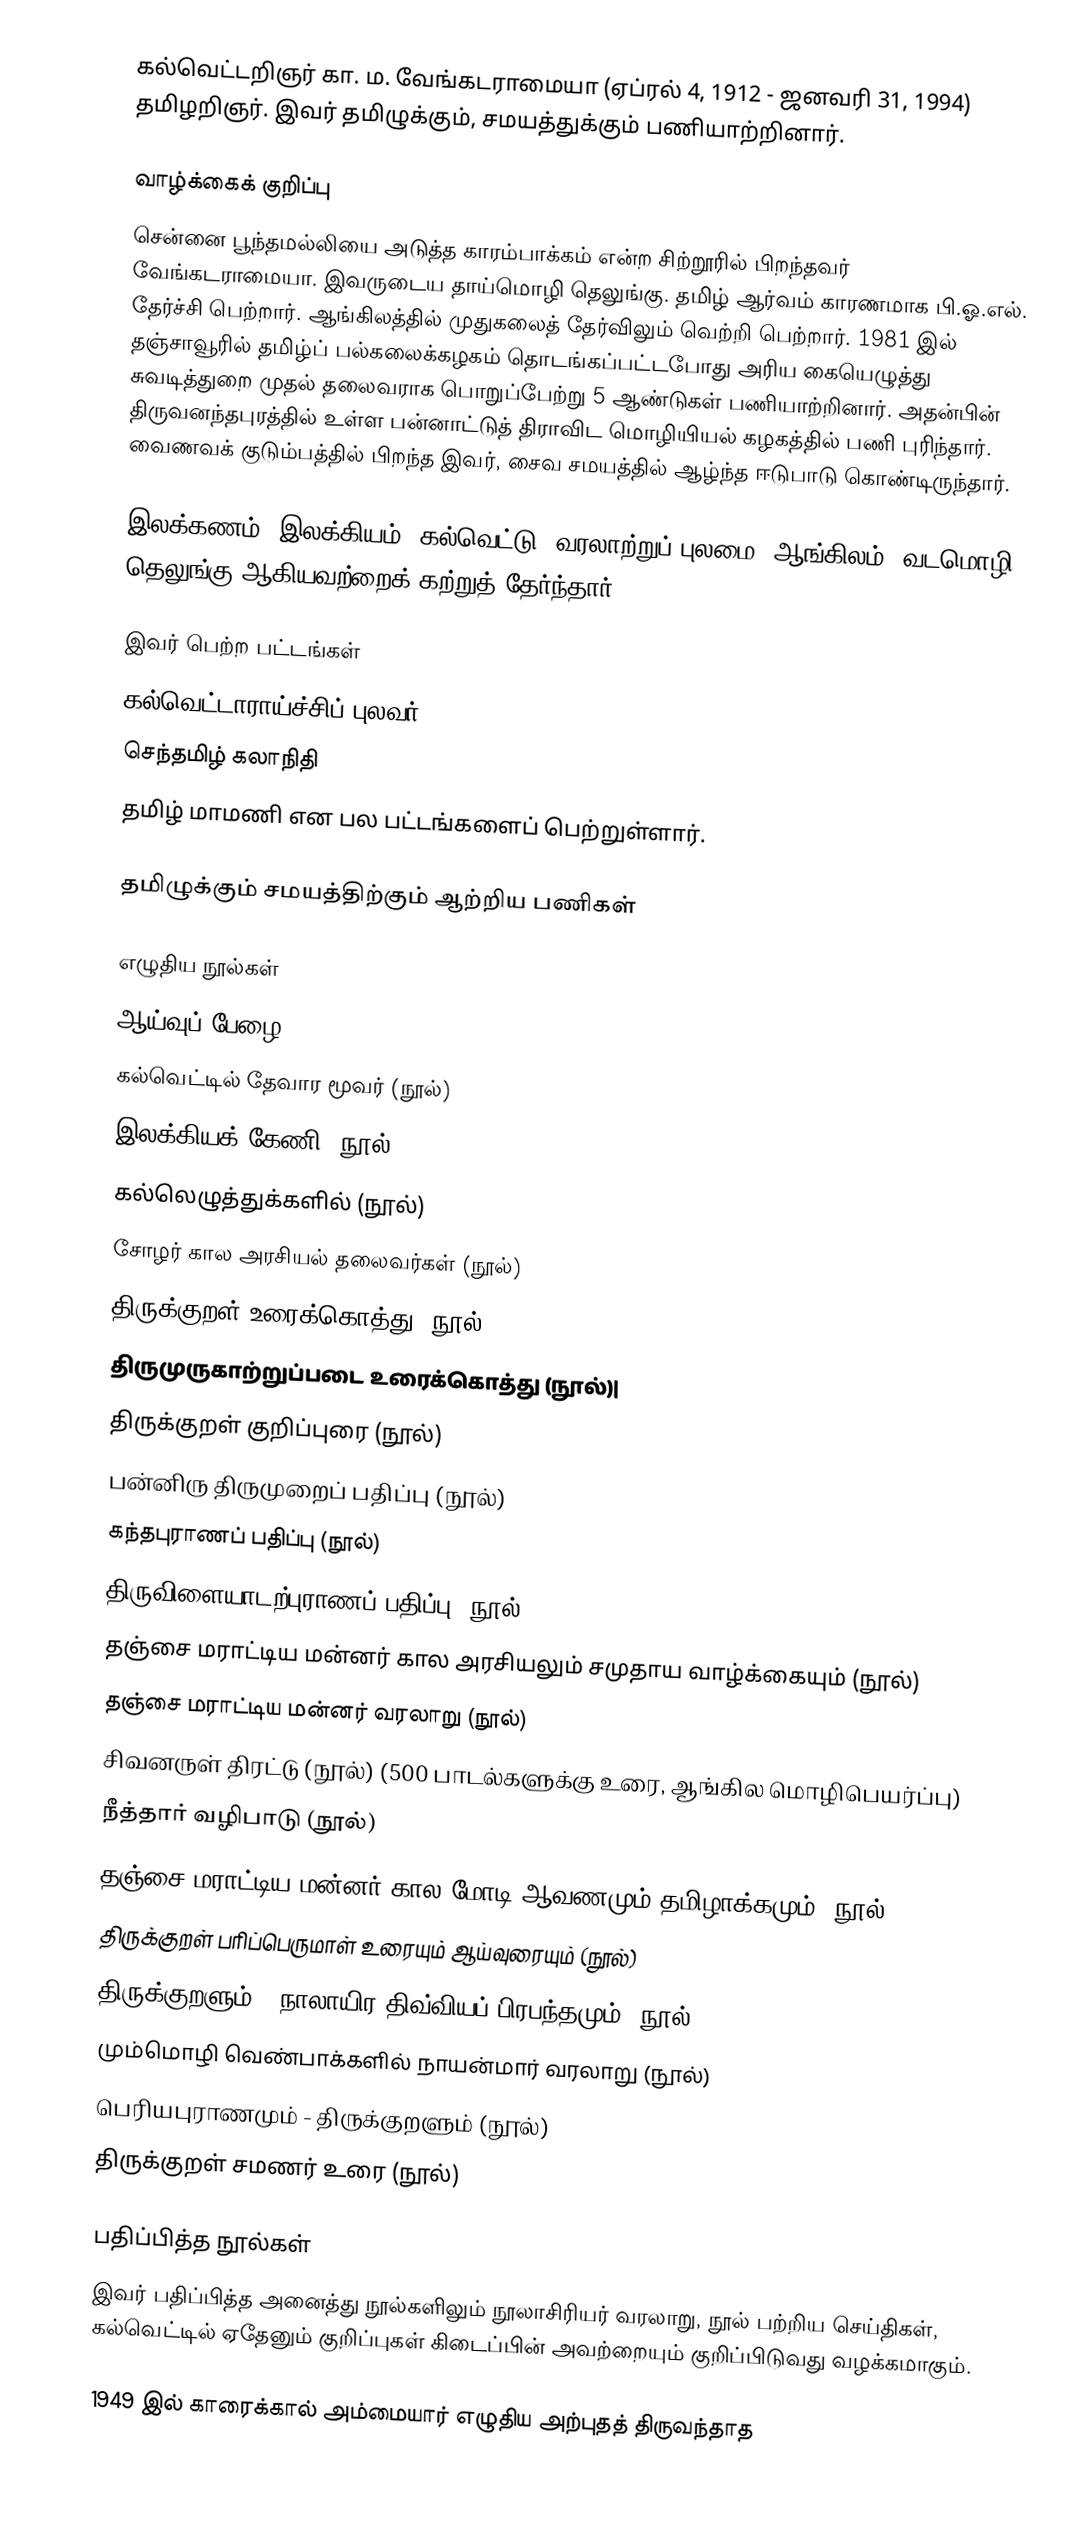
கல்வெட்டறிஞர் கா. ம. வேங்கடராமையா (ஏப்ரல் 4, 1912 - ஜனவரி 31, 1994) தமிழறிஞர். இவர் தமிழுக்கும், சமயத்துக்கும் பணியாற்றினார்.

வாழ்க்கைக் குறிப்பு
சென்னை பூந்தமல்லியை அடுத்த காரம்பாக்கம் என்ற சிற்றூரில் பிறந்தவர் வேங்கடராமையா. இவருடைய தாய்மொழி தெலுங்கு. தமிழ் ஆர்வம் காரணமாக பி.ஓ.எல். தேர்ச்சி பெற்றார். ஆங்கிலத்தில் முதுகலைத் தேர்விலும் வெற்றி பெற்றார். 1981 இல் தஞ்சாவூரில் தமிழ்ப் பல்கலைக்கழகம் தொடங்கப்பட்டபோது அரிய கையெழுத்து சுவடித்துறை முதல் தலைவராக பொறுப்பேற்று 5 ஆண்டுகள் பணியாற்றினார். அதன்பின் திருவனந்தபுரத்தில் உள்ள பன்னாட்டுத் திராவிட மொழியியல் கழகத்தில் பணி புரிந்தார். வைணவக் குடும்பத்தில் பிறந்த இவர், சைவ சமயத்தில் ஆழ்ந்த ஈடுபாடு கொண்டிருந்தார்.

இலக்கணம், இலக்கியம், கல்வெட்டு, வரலாற்றுப் புலமை, ஆங்கிலம், வடமொழி, தெலுங்கு ஆகியவற்றைக் கற்றுத் தேர்ந்தார்.

இவர் பெற்ற பட்டங்கள்
 கல்வெட்டாராய்ச்சிப் புலவர்
 செந்தமிழ் கலாநிதி
 தமிழ் மாமணி என பல பட்டங்களைப் பெற்றுள்ளார்.

தமிழுக்கும் சமயத்திற்கும் ஆற்றிய பணிகள்

எழுதிய நூல்கள்
 ஆய்வுப் பேழை
 கல்வெட்டில் தேவார மூவர் (நூல்)
 இலக்கியக் கேணி (நூல்)
 கல்லெழுத்துக்களில் (நூல்)
 சோழர் கால அரசியல் தலைவர்கள் (நூல்)
 திருக்குறள் உரைக்கொத்து (நூல்)
 திருமுருகாற்றுப்படை உரைக்கொத்து (நூல்)|
 திருக்குறள் குறிப்புரை (நூல்)
 பன்னிரு திருமுறைப் பதிப்பு (நூல்)
 கந்தபுராணப் பதிப்பு (நூல்)
 திருவிளையாடற்புராணப் பதிப்பு (நூல்)
 தஞ்சை மராட்டிய மன்னர் கால அரசியலும் சமுதாய வாழ்க்கையும் (நூல்)
 தஞ்சை மராட்டிய மன்னர் வரலாறு (நூல்)
 சிவனருள் திரட்டு (நூல்) (500 பாடல்களுக்கு உரை, ஆங்கில மொழிபெயர்ப்பு)
 நீத்தார் வழிபாடு (நூல்)
 தஞ்சை மராட்டிய மன்னர் கால மோடி ஆவணமும் தமிழாக்கமும் (நூல்)
 திருக்குறள் பரிப்பெருமாள் உரையும் ஆய்வுரையும் (நூல்)
 திருக்குறளும் - நாலாயிர திவ்வியப் பிரபந்தமும் (நூல்)
 மும்மொழி வெண்பாக்களில் நாயன்மார் வரலாறு (நூல்)
 பெரியபுராணமும் - திருக்குறளும் (நூல்)
 திருக்குறள் சமணர் உரை (நூல்)

பதிப்பித்த நூல்கள்
இவர் பதிப்பித்த அனைத்து நூல்களிலும் நூலாசிரியர் வரலாறு, நூல் பற்றிய செய்திகள், கல்வெட்டில் ஏதேனும் குறிப்புகள் கிடைப்பின் அவற்றையும் குறிப்பிடுவது வழக்கமாகும்.

1949 இல் காரைக்கால் அம்மையார் எழுதிய அற்புதத் திருவந்தாத